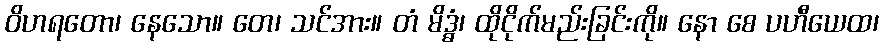
ဝိဟရတော၊ နေသော။ တေ၊ သင်အား။ တံ မိဒ္ဓံ၊ ထိုငိုက်မည်းခြင်းကို။ နော စေ ပဟီယေထ၊